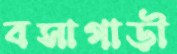
বসাগাড়ী